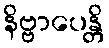
နိဗ္ဗာပေန္တိ